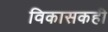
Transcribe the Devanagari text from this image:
विकासकही